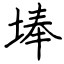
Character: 埲